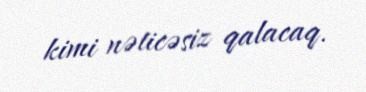
kimi nəticəsiz qalacaq.